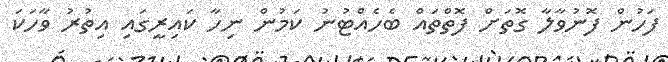
ފަހުން ފޮނުވާލާ ގޮތަށް ފޮތްތައް ބެހެއްޓުނު ކަމުން ނިހާ ކައިރީގައި އިތުރު ވާހަކަ